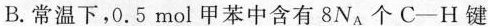
B.常温下，0.5mol甲苯中含有8N_{A}个C-H键